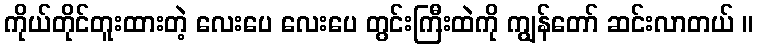
ကိုယ်တိုင်တူးထားတဲ့ လေးပေ လေးပေ တွင်းကြီးထဲကို ကျွန်တော် ဆင်းလာတယ် ။